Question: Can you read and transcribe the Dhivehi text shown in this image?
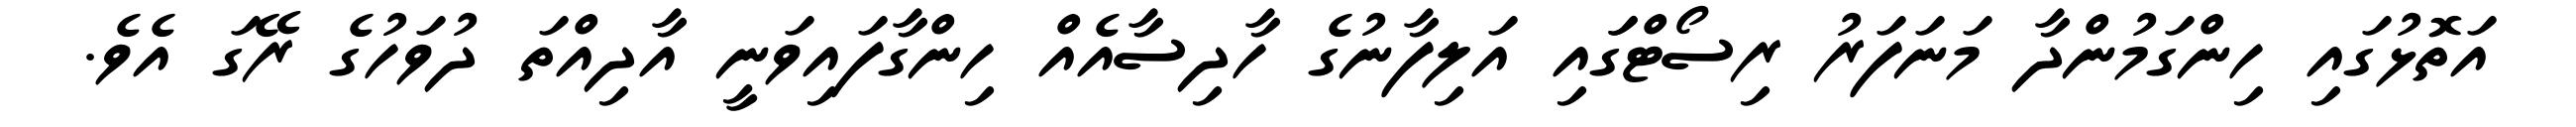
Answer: އަތޮޅުގައި ހިންގަމުންދާ މަނަފަރު ރިސޯޓްގަައި އަލިފާނުގެ ހާދިސާއެއް ހިންގާފައިވަނީ އާދިއްތަ ދުވަހުގެ ރޭގަ އެވެ.